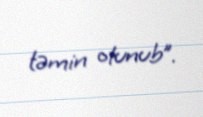
təmin olunub”.